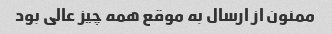
ممنون از ارسال به موقع همه چیز عالی بود